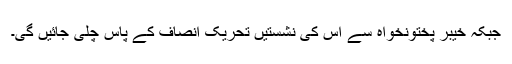
جبکہ خیبر پختونخواہ سے اس کی نشستیں تحریک انصاف کے پاس چلی جائیں گی۔